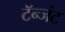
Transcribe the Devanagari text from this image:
टॅन्जंट